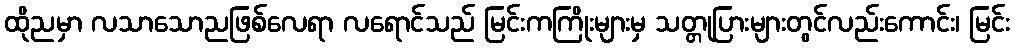
ထိုညမှာ လသာသောညဖြစ်လေရာ လရောင်သည် မြင်းကကြိုးများမှ သတ္တုပြားများတွင်လည်းကောင်း၊ မြင်း